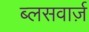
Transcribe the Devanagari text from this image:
ब्लसवार्ज़